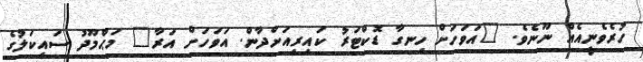
ހުރެވެނީއެއް ނޫނެވެ. "އަވަހަށް ހިނގާ ޑޮކްޓަރު ކައިރިއަށްދާން. އަވަހަށް އަރާ" މަޙްމޫދު ސައިކަލުގެ